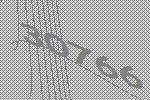
30766